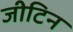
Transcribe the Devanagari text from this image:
जीटिन